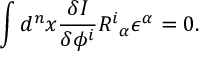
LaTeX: \int d ^ { n } x \frac { \delta I } { \delta \phi ^ { i } } R _ { \ \alpha } ^ { i } \epsilon ^ { \alpha } = 0 .